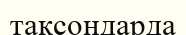
таксондарда